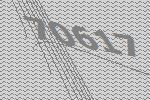
70617